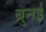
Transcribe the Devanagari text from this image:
ब्रुनई